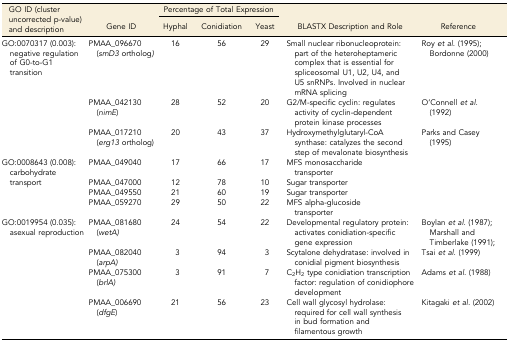
| <ROWSPAN=2> GO ID (cluster uncorrected p-value) and description | <ROWSPAN=2> Gene ID | <COLSPAN=3> Percentage of Total Expression | <ROWSPAN=2> BLASTX Description and Role | <ROWSPAN=2> Reference |
 | Hyphal | Conidiation | Yeast |
 | --- | --- | --- | --- | --- | --- | --- |
 | <ROWSPAN=3> GO:0070317 (0.003): negative regulation of G0-to-G1 transition | PMAA_096670 (smD3 ortholog) | 16 | 56 | 29 | Small nuclear ribonucleoprotein: part of the heteroheptameric complex that is essential for spliceosomal U1, U2, U4, and U5 snRNPs. Involved in nuclear mRNA splicing | Roy et al. (1995); Bordonne (2000) |
 | PMAA_042130 (nimE) | 28 | 52 | 20 | G2/M-specific cyclin: regulates activity of cyclin-dependent protein kinase processes | O’Connell et al. (1992) |
 | PMAA_017210 (erg13 ortholog) | 20 | 43 | 37 | Hydroxymethylglutaryl-CoA synthase: catalyzes the second step of mevalonate biosynthesis | Parks and Casey (1995) |
 | <ROWSPAN=4> GO:0008643 (0.008): carbohydrate transport | PMAA_049040 | 17 | 66 | 17 | MFS monosaccharide transporter |  |
 | PMAA_047000 | 12 | 78 | 10 | Sugar transporter |  |
 | PMAA_049550 | 21 | 60 | 19 | Sugar transporter |  |
 | PMAA_059270 | 29 | 50 | 22 | MFS alpha-glucoside transporter |  |
 | <ROWSPAN=4> GO:0019954 (0.035): asexual reproduction | PMAA_081680 (wetA) | 24 | 54 | 22 | Developmental regulatory protein: activates conidiation-specific gene expression | Boylan et al. (1987); Marshall and Timberlake (1991); |
 | PMAA_082040 (arpA) | 3 | 94 | 3 | Scytalone dehydratase: involved in conidial pigment biosynthesis | Tsai et al. (1999) |
 | PMAA_075300 (brlA) | 3 | 91 | 7 | C2H2 type conidiation transcription factor: regulation of conidiophore development | Adams et al. (1988) |
 | PMAA_006690 (dfgE) | 21 | 56 | 23 | Cell wall glycosyl hydrolase: required for cell wall synthesis in bud formation and filamentous growth | Kitagaki et al. (2002) |